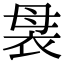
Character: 袰